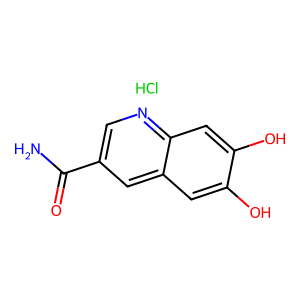
SMILES: Cl.NC(=O)c1cnc2cc(O)c(O)cc2c1
Inhibits HIV replication: No